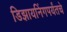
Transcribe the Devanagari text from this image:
डिझायनिंगपर्यंतचे